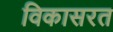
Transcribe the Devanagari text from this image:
विकासरत